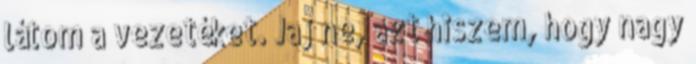
látom a vezetéket. Jaj ne, azt hiszem, hogy nagy